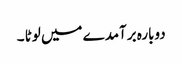
دوبارہ برآمدے میں لوٹا ۔